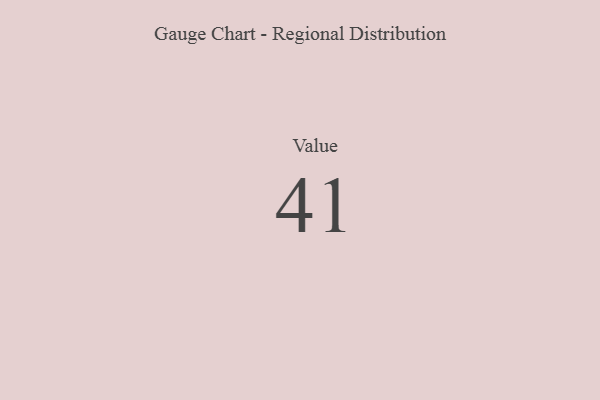
{"axis": {"x": "Metric", "y": "Value"}, "legend": [""], "data": [{"x": "Value", "y": 41, "type": ""}]}